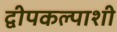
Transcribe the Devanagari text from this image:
द्वीपकल्पाशी